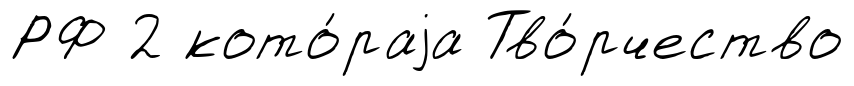
РФ 2 кото́раjа Тво́рчество